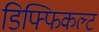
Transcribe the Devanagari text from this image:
डिफ्फिकल्ट